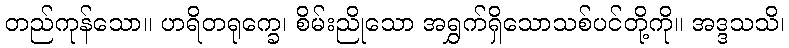
တည်ကုန်သော။ ဟရိတရုက္ခေ၊ စိမ်းညိုသော အရွှက်ရှိသောသစ်ပင်တို့ကို။ အဒ္ဒသသိ၊